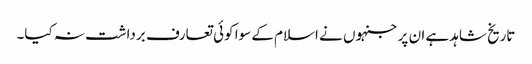
تاریخ شاہد ہے ان پر جنہوں نے اسلام کے سوا کوئی تعارف برداشت نہ کیا۔